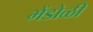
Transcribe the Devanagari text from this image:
भेंडोळी